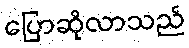
ပြောဆိုလာသည်